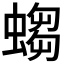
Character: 𧎷